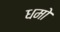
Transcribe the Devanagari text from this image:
धमो